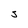
Character: S